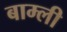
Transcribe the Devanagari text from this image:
बाम्ली